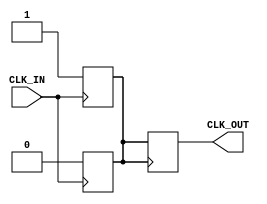
module clock_buffer (
    input wire CLK_IN,      // Input clock signal
    output reg CLK_OUT      // Buffered output clock signal
);

// Internal signal for synchronization
reg CLK_SYNC;

// Always block to create a clock buffer
always @(posedge CLK_IN) begin
    CLK_SYNC <= 1'b1;      // Set the internal sync signal high on rising edge
end

always @(negedge CLK_IN) begin
    CLK_SYNC <= 1'b0;      // Set the internal sync signal low on falling edge
end

// Assign the buffered clock output
always @(posedge CLK_SYNC) begin
    CLK_OUT <= CLK_SYNC;   // Output the synchronized clock signal
end

endmodule